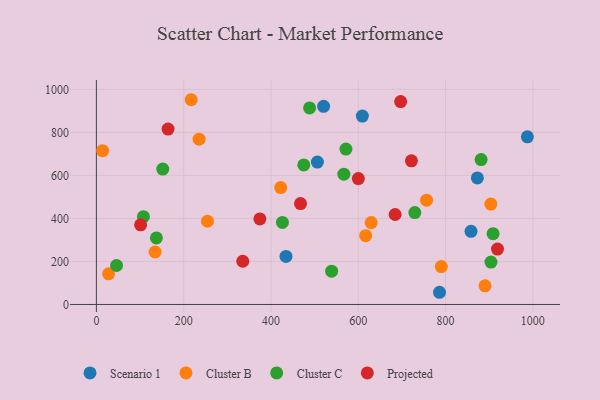
{"axis": {"x": "Price", "y": "Rating"}, "legend": ["Cluster B", "Cluster C", "Projected", "Scenario 1"], "data": [{"x": "858.4", "y": 340.2, "type": "Scenario 1"}, {"x": "609.4", "y": 875.8, "type": "Scenario 1"}, {"x": "987.5", "y": 779.2, "type": "Scenario 1"}, {"x": "786.2", "y": 56.7, "type": "Scenario 1"}, {"x": "506.4", "y": 661.7, "type": "Scenario 1"}, {"x": "434.4", "y": 223.4, "type": "Scenario 1"}, {"x": "872.9", "y": 588.1, "type": "Scenario 1"}, {"x": "520.6", "y": 920.8, "type": "Scenario 1"}, {"x": "629.6", "y": 380.5, "type": "Cluster B"}, {"x": "254.6", "y": 386.9, "type": "Cluster B"}, {"x": "790.3", "y": 176.0, "type": "Cluster B"}, {"x": "28.0", "y": 142.6, "type": "Cluster B"}, {"x": "235.4", "y": 768.5, "type": "Cluster B"}, {"x": "217.2", "y": 951.7, "type": "Cluster B"}, {"x": "14.3", "y": 715.0, "type": "Cluster B"}, {"x": "134.6", "y": 244.0, "type": "Cluster B"}, {"x": "756.5", "y": 484.8, "type": "Cluster B"}, {"x": "903.8", "y": 466.7, "type": "Cluster B"}, {"x": "422.4", "y": 543.5, "type": "Cluster B"}, {"x": "617.0", "y": 319.9, "type": "Cluster B"}, {"x": "890.5", "y": 86.7, "type": "Cluster B"}, {"x": "539.0", "y": 154.9, "type": "Cluster C"}, {"x": "567.0", "y": 605.7, "type": "Cluster C"}, {"x": "904.1", "y": 197.2, "type": "Cluster C"}, {"x": "908.9", "y": 329.0, "type": "Cluster C"}, {"x": "426.3", "y": 381.6, "type": "Cluster C"}, {"x": "729.6", "y": 427.3, "type": "Cluster C"}, {"x": "571.8", "y": 722.3, "type": "Cluster C"}, {"x": "107.8", "y": 408.2, "type": "Cluster C"}, {"x": "488.5", "y": 913.4, "type": "Cluster C"}, {"x": "137.5", "y": 309.3, "type": "Cluster C"}, {"x": "46.2", "y": 181.2, "type": "Cluster C"}, {"x": "881.5", "y": 673.4, "type": "Cluster C"}, {"x": "475.2", "y": 648.5, "type": "Cluster C"}, {"x": "152.1", "y": 629.4, "type": "Cluster C"}, {"x": "374.6", "y": 397.5, "type": "Projected"}, {"x": "467.7", "y": 469.2, "type": "Projected"}, {"x": "697.2", "y": 943.2, "type": "Projected"}, {"x": "721.9", "y": 667.7, "type": "Projected"}, {"x": "101.3", "y": 370.2, "type": "Projected"}, {"x": "164.3", "y": 815.3, "type": "Projected"}, {"x": "684.5", "y": 418.2, "type": "Projected"}, {"x": "919.0", "y": 257.4, "type": "Projected"}, {"x": "335.4", "y": 200.9, "type": "Projected"}, {"x": "600.2", "y": 585.2, "type": "Projected"}]}